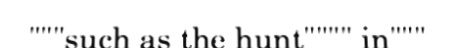
"""such as the hunt"""" in"""